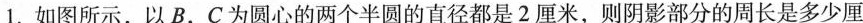
1.如图所示，以B，C为圆心的两个半圆的直径都是2厘米，则阴影部分的周长是多少厘